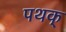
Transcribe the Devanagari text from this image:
पथक्